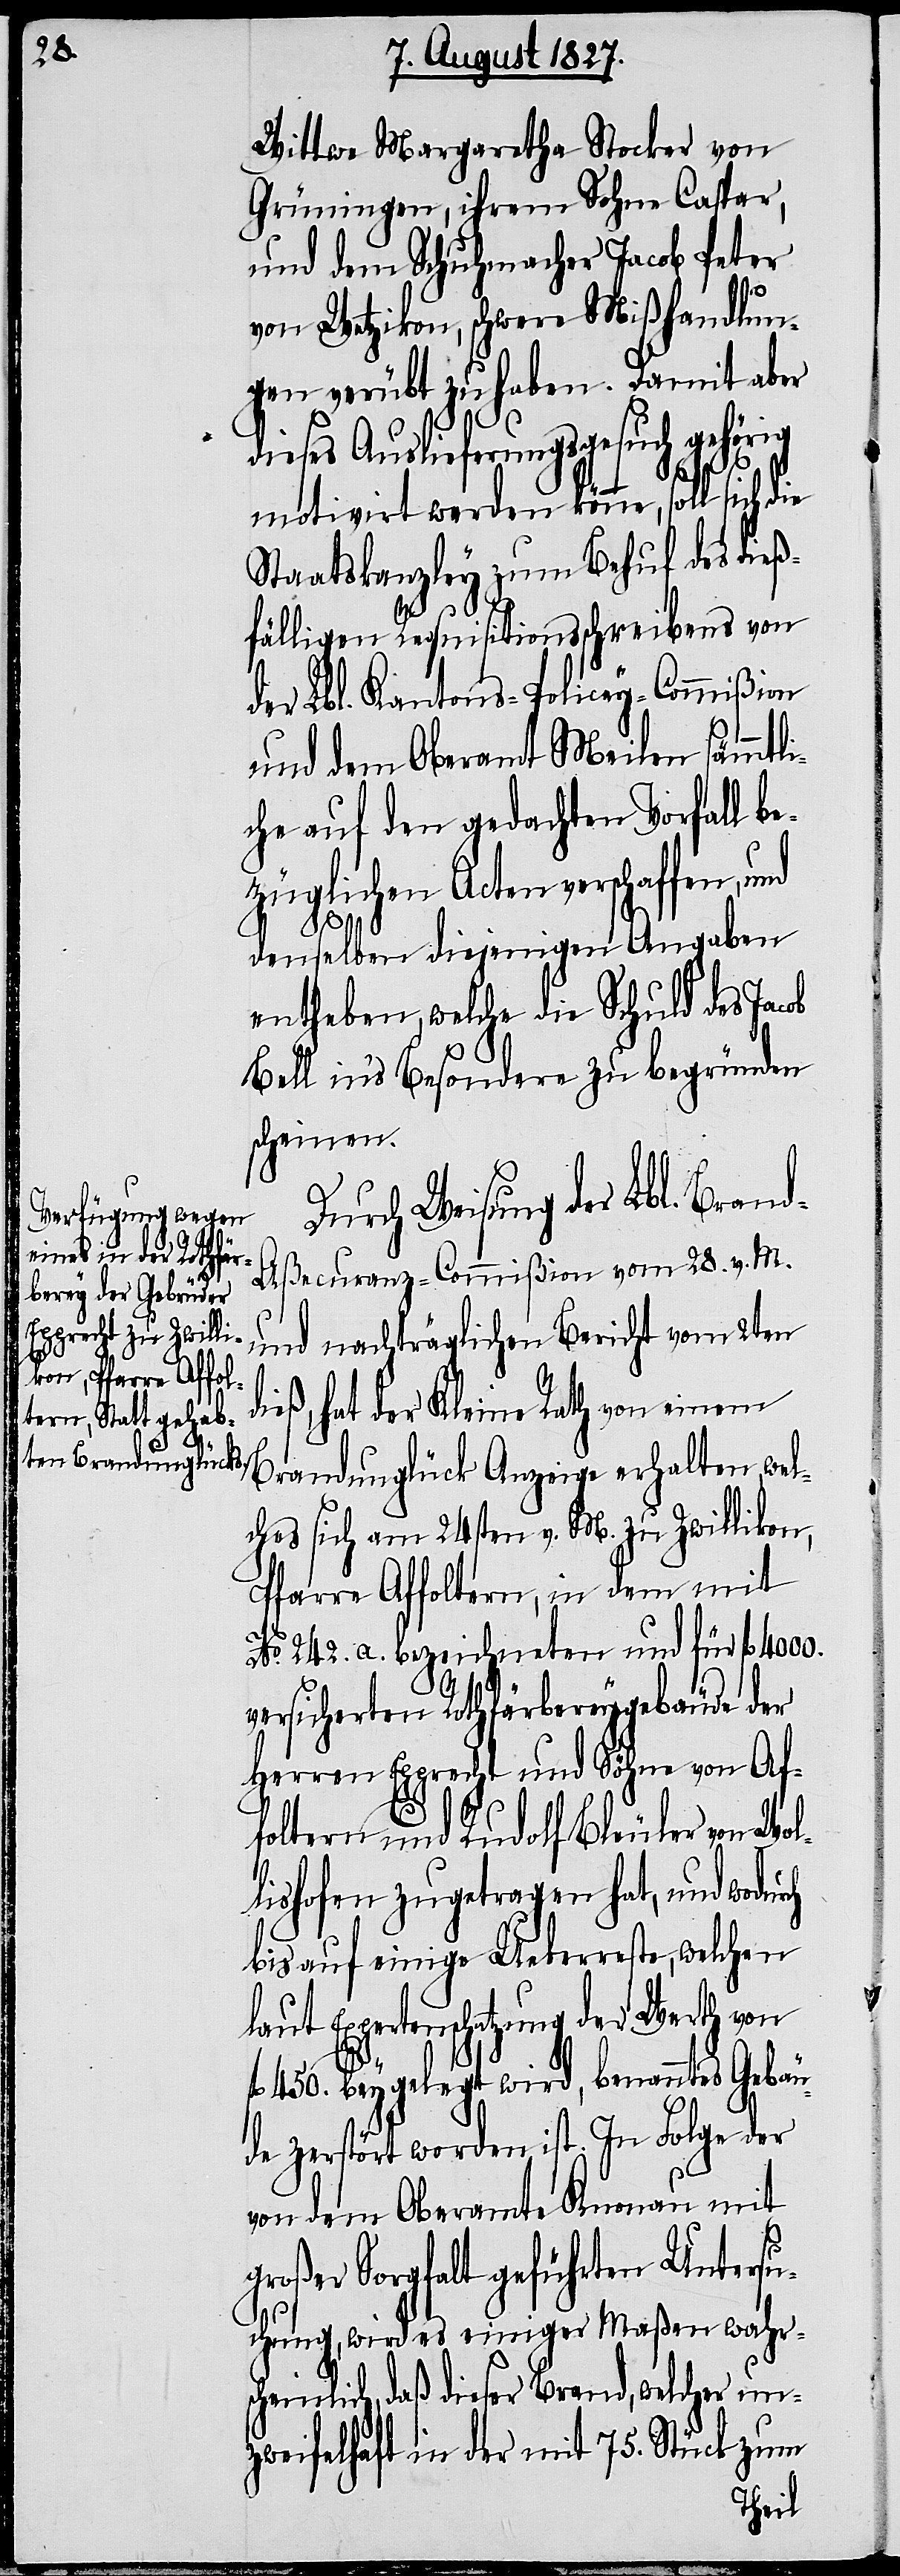
Wittwe Margaretha Stocker von
Grüningen, ihrem Sohn Caspar,
und dem Schuhmacher Jacob Peter
von Wetzikon, schwere Mißhandlun¬
gen verübt zu haben. Damit aber
dieses Auslieferungsgesuch gehörig
motivirt werden könne, soll sich die
Staatskanzley zum Behuf des dieß¬
fälligen Requisitionsschreibens von
der Lbl. Kantons-Policey-Commißion
und dem Oberamt Meilen sämmtli¬
che auf den gedachten Vorfall be¬
züglichen Acten verschaffen, und
d¬
denselben diejenigen Angaben
entheben, welche die Schuld des Jacob
Bell in’s Besondere zu begründen
scheinen.
Durch Weisung der Lbl. Bran¬
d-Aßecuranz-Commißion vom 28. v. M.
und nachträglichen Bericht vom 2ten
ieß, hat der Kleine Rath von einem
Brandunglück Anzeige erhalten, wel¬
ches sich am 24sten v. M. zu Zwillikon,
Pfarre Affoltern, in dem mit
No. 242. a. bezeichneten und für fl. 4000.
versicherten Rothfärbereygebäude der
Herren Epprecht und Söhne von Af¬
foltern und Rudolf Bleuler von Wol¬
lishofen zugetragen hat, und wodurch
bis auf einige Ueberreste, welchen
laut Expertenschatzung der Werth von
fl. 450. beygelegt wird, benanntes Gebäu¬
de zerstört worden ist. In Folge der
von dem Oberamt Knonau mit
großer Sorgfalt geführten Untersu¬
chung, wird es einiger Maßen wahrs¬
cheinlich, daß dieser Brand, welcher un¬
zweifelhaft in der mit 75. Stück zum